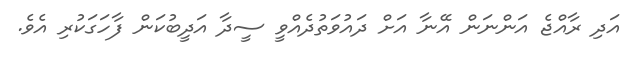
އަދި ރާއްޖެ އަންނަން އޭނާ އަށް ދައުވަތުދެއްވީ ސީދާ އަދީބުކަން ފާހަގަކުރި އެވެ.